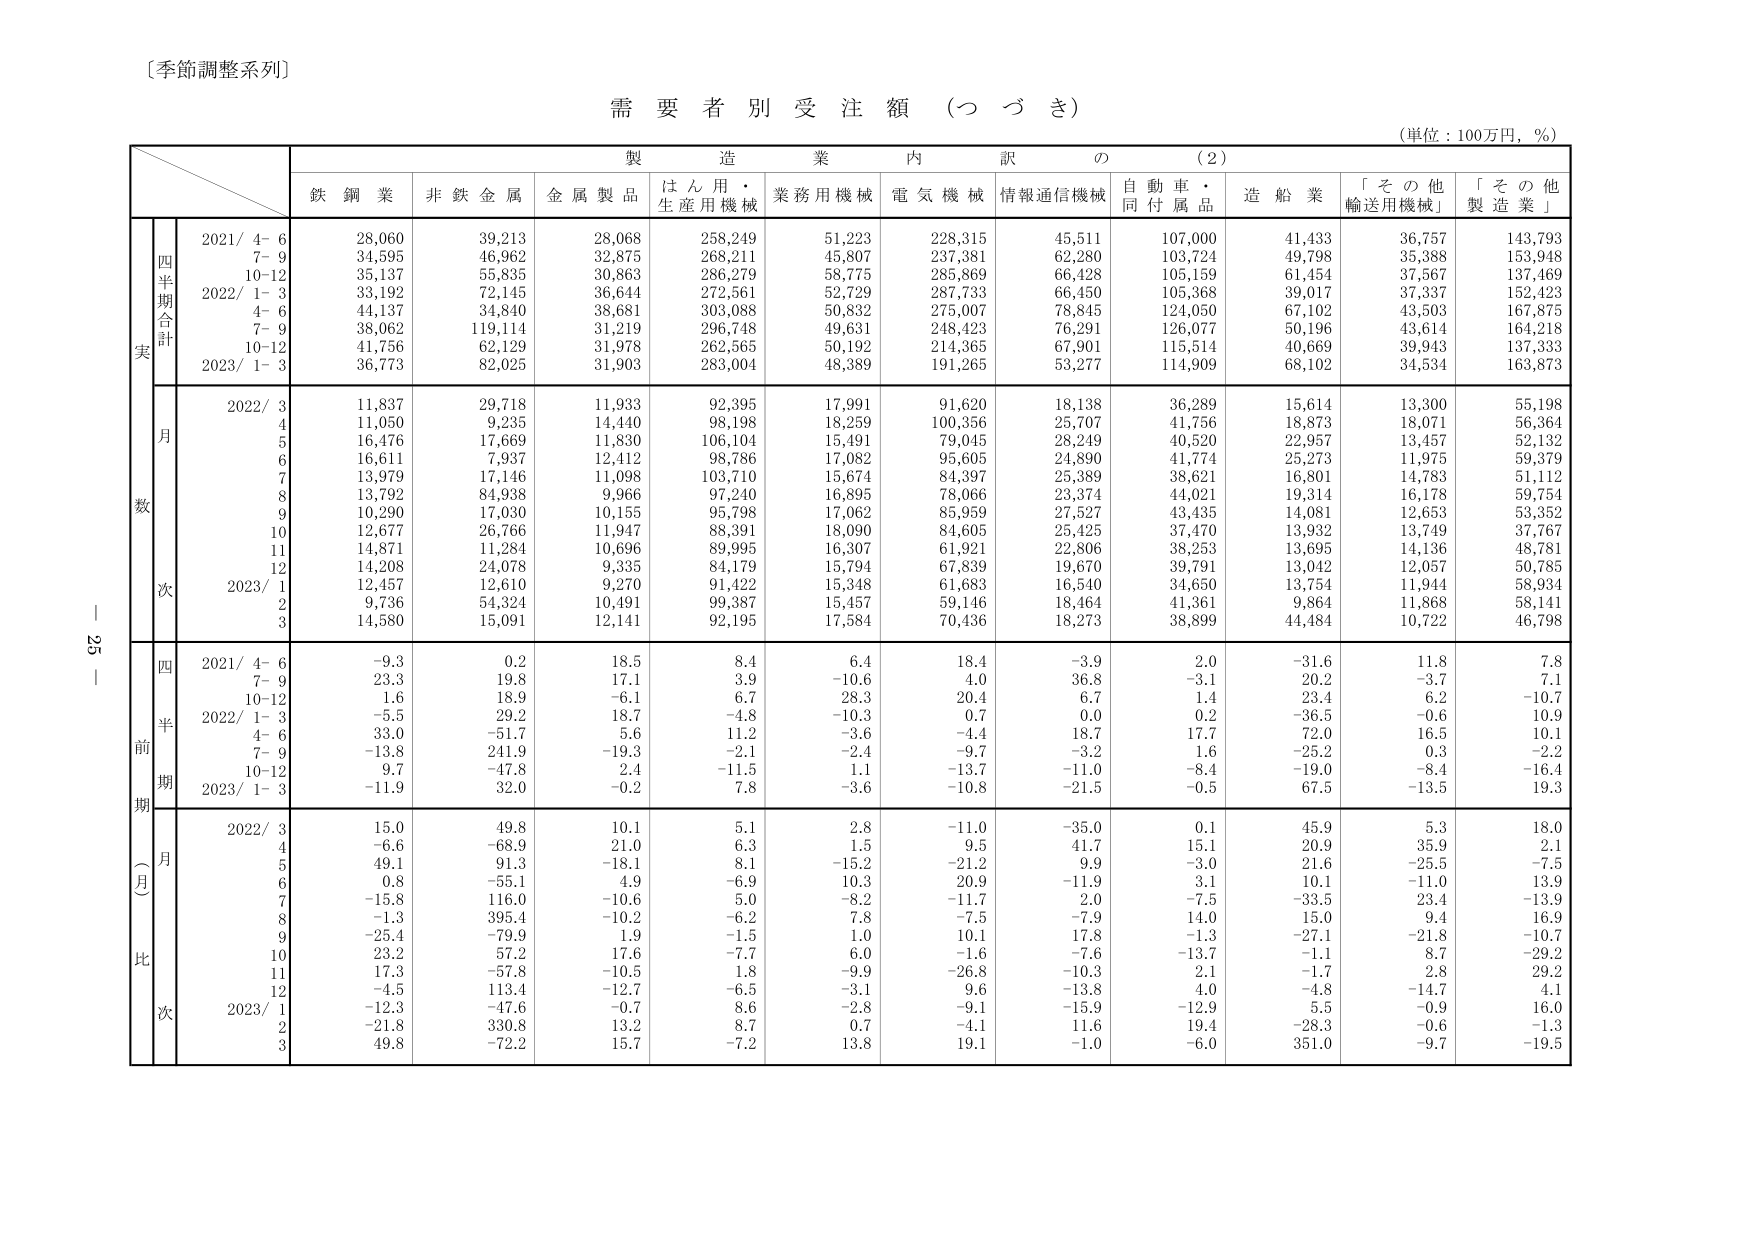
〔季節調整系列〕

需要者別受注額（つづき）

（単位：100万円，％）

製造業内訳の（2）

鉄鋼業　非鉄金属　金属製品　はん用・生産用機械　業務用機械　電気機械　情報通信機械　自動車・同付属品　造船業　「その他輸送用機械」　「その他製造業」

実数

四半期合計

2021/ 4-6　28,060　39,213　28,068　258,249　51,223　228,315　45,511　107,000　41,433　36,757　143,793
　　　7-9　34,595　46,962　32,875　268,211　45,807　237,381　62,280　103,724　49,798　35,388　153,948
　　　10-12　35,137　55,835　30,863　286,279　58,775　285,869　66,428　105,159　61,454　37,567　137,469
2022/ 1-3　33,192　72,145　36,644　272,561　52,729　287,733　66,450　105,368　39,017　37,337　152,423
　　　4-6　44,137　34,840　38,681　303,088　50,832　275,007　78,845　124,050　67,102　43,503　167,875
　　　7-9　38,062　119,114　31,219　296,748　49,631　248,423　76,291　126,077　50,196　43,614　164,218
　　　10-12　41,756　62,129　31,978　262,565　50,192　214,365　67,901　115,514　40,669　39,943　137,333
2023/ 1-3　36,773　82,025　31,903　283,004　48,389　191,265　53,277　114,909　68,102　34,534　163,873

月次

2022/ 3　11,837　29,718　11,933　92,395　17,991　91,620　18,138　36,289　15,614　13,300　55,198
　　　4　11,050　9,235　14,440　98,198　18,259　100,356　25,707　41,756　18,873　18,071　56,364
　　　5　16,476　17,669　11,830　106,104　15,491　79,045　28,249　40,520　22,957　13,457　52,132
　　　6　16,611　7,937　12,412　98,786　17,082　95,605　24,890　41,774　25,273　11,975　59,379
　　　7　13,979　17,146　11,098　103,710　15,674　84,397　25,389　38,621　16,801　14,783　51,112
　　　8　13,792　84,938　9,966　97,240　16,895　78,066　23,374　44,021　19,314　16,178　59,754
　　　9　10,290　17,030　10,155　95,798　17,062　85,959　27,527　43,435　14,081　12,653　53,352
　　　10　12,677　26,766　11,947　88,391　18,090　84,605　25,425　37,470　13,932　13,749　37,767
　　　11　14,871　11,284　10,696　89,995　16,307　61,921　22,806　38,253　13,695　14,136　48,781
　　　12　14,208　24,078　9,335　84,179　15,794　67,839　19,670　39,791　13,042　12,057　50,785
2023/ 1　12,457　12,610　9,270　91,422　15,348　61,683　16,540　34,650　13,754　11,944　58,934
　　　2　9,736　54,324　10,491　99,387　15,457　59,146　18,464　41,361　9,864　11,868　58,141
　　　3　14,580　15,091　12,141　92,195　17,584　70,436　18,273　38,899　44,484　10,722　46,798

前四半期比（月次）

2021/ 4-6　-9.3　0.2　18.5　8.4　6.4　18.4　-3.9　2.0　-31.6　11.8　7.8
　　　7-9　23.3　19.8　17.1　3.9　-10.6　4.0　36.8　-3.1　20.2　-3.7　7.1
　　　10-12　1.6　18.9　-6.1　6.7　28.3　20.4　6.7　1.4　23.4　6.2　-10.7
2022/ 1-3　-5.5　29.2　18.7　-4.8　-10.3　0.7　0.0　0.2　-36.5　-0.6　10.9
　　　4-6　33.0　-51.7　5.6　11.2　-3.6　-4.4　18.7　17.7　72.0　16.5　10.1
　　　7-9　-13.8　241.9　-19.3　-2.1　-2.4　-9.7　-3.2　1.6　-25.2　0.3　-2.2
　　　10-12　9.7　-47.8　2.4　-11.5　1.1　-13.7　-11.0　-8.4　-19.0　-8.4　-16.4
2023/ 1-3　-11.9　32.0　-0.2　7.8　-3.6　-10.8　-21.5　-0.5　67.5　-13.5　19.3

月比

2022/ 3　15.0　49.8　10.1　5.1　2.8　-11.0　-35.0　0.1　45.9　5.3　18.0
　　　4　-6.6　-68.9　21.0　6.3　1.5　9.5　41.7　15.1　20.9　35.9　2.1
　　　5　49.1　91.3　-18.1　8.1　-15.2　-21.2　9.9　-3.0　21.6　-25.5　-7.5
　　　6　0.8　-55.1　4.9　-6.9　10.3　20.9　-11.9　3.1　10.1　-11.0　13.9
　　　7　-15.8　116.0　-10.6　5.0　-8.2　-11.7　2.0　-7.5　-33.5　23.4　-13.9
　　　8　-1.3　395.4　-10.2　-6.2　7.8　-7.5　-7.9　14.0　15.0　9.4　16.9
　　　9　-25.4　-79.9　1.9　-1.5　1.0　10.1　17.8　-1.3　-27.1　-21.8　-10.7
　　　10　23.2　57.2　17.6　-7.7　6.0　-1.6　-7.6　-13.7　-1.1　8.7　-29.2
　　　11　17.3　-57.8　-10.5　1.8　-9.9　-26.8　-10.3　2.1　-1.7　2.8　29.2
　　　12　-4.5　113.4　-12.7　-6.5　-3.1　9.6　-13.8　4.0　-4.8　-14.7　4.1
2023/ 1　-12.3　-47.6　-0.7　8.6　-2.8　-9.1　-15.9　-12.9　5.5　-0.9　16.0
　　　2　-21.8　330.8　13.2　8.7　0.7　-4.1　11.6　19.4　-28.3　-0.6　-1.3
　　　3　49.8　-72.2　15.7　-7.2　13.8　19.1　-1.0　-6.0　351.0　-9.7　-19.5

ー 25 ー